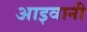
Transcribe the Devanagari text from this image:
आइवानी